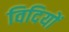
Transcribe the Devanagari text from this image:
विदियों